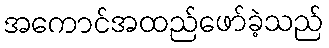
အကောင်အထည်ဖော်ခဲ့သည်